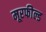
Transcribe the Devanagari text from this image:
मूरफील्ड